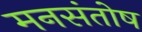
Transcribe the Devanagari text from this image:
मनसंतोष